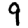
Digit: 9